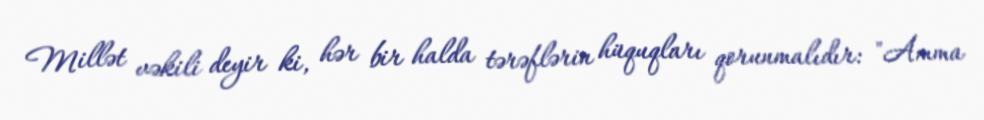
Millət vəkili deyir ki, hər bir halda tərəflərin hüquqları qorunmalıdır: "Amma